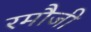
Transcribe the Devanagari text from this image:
रमौजी